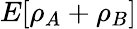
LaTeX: E[\rho_{A}+\rho_{B}]